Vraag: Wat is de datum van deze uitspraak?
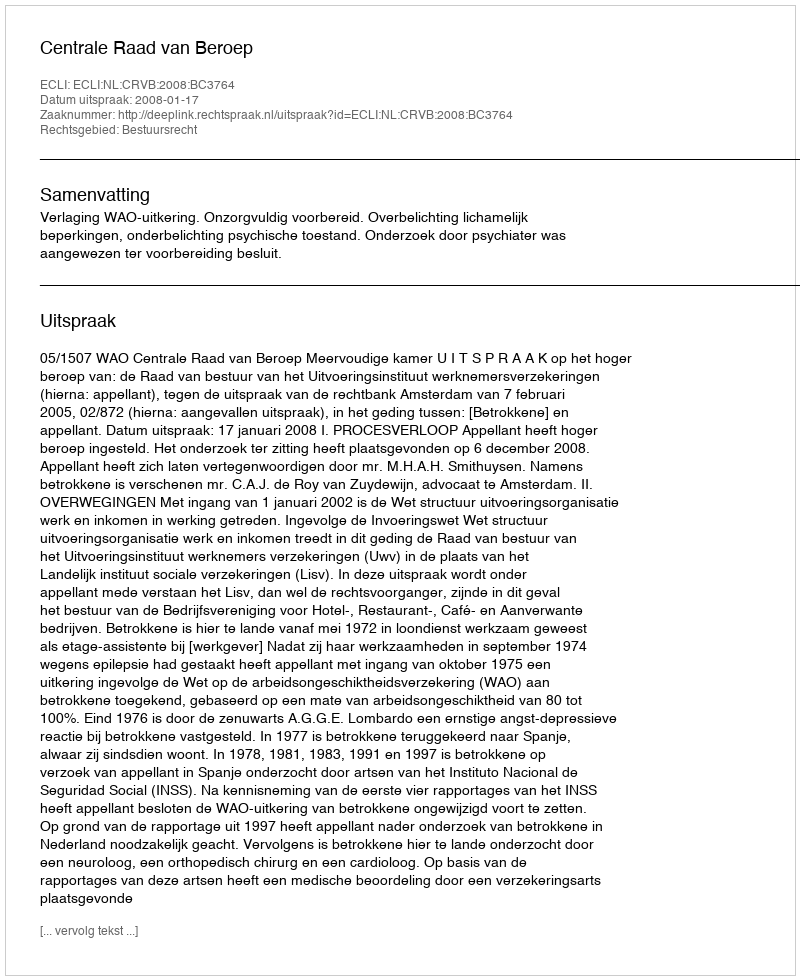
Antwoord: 2008-01-17